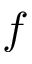
f